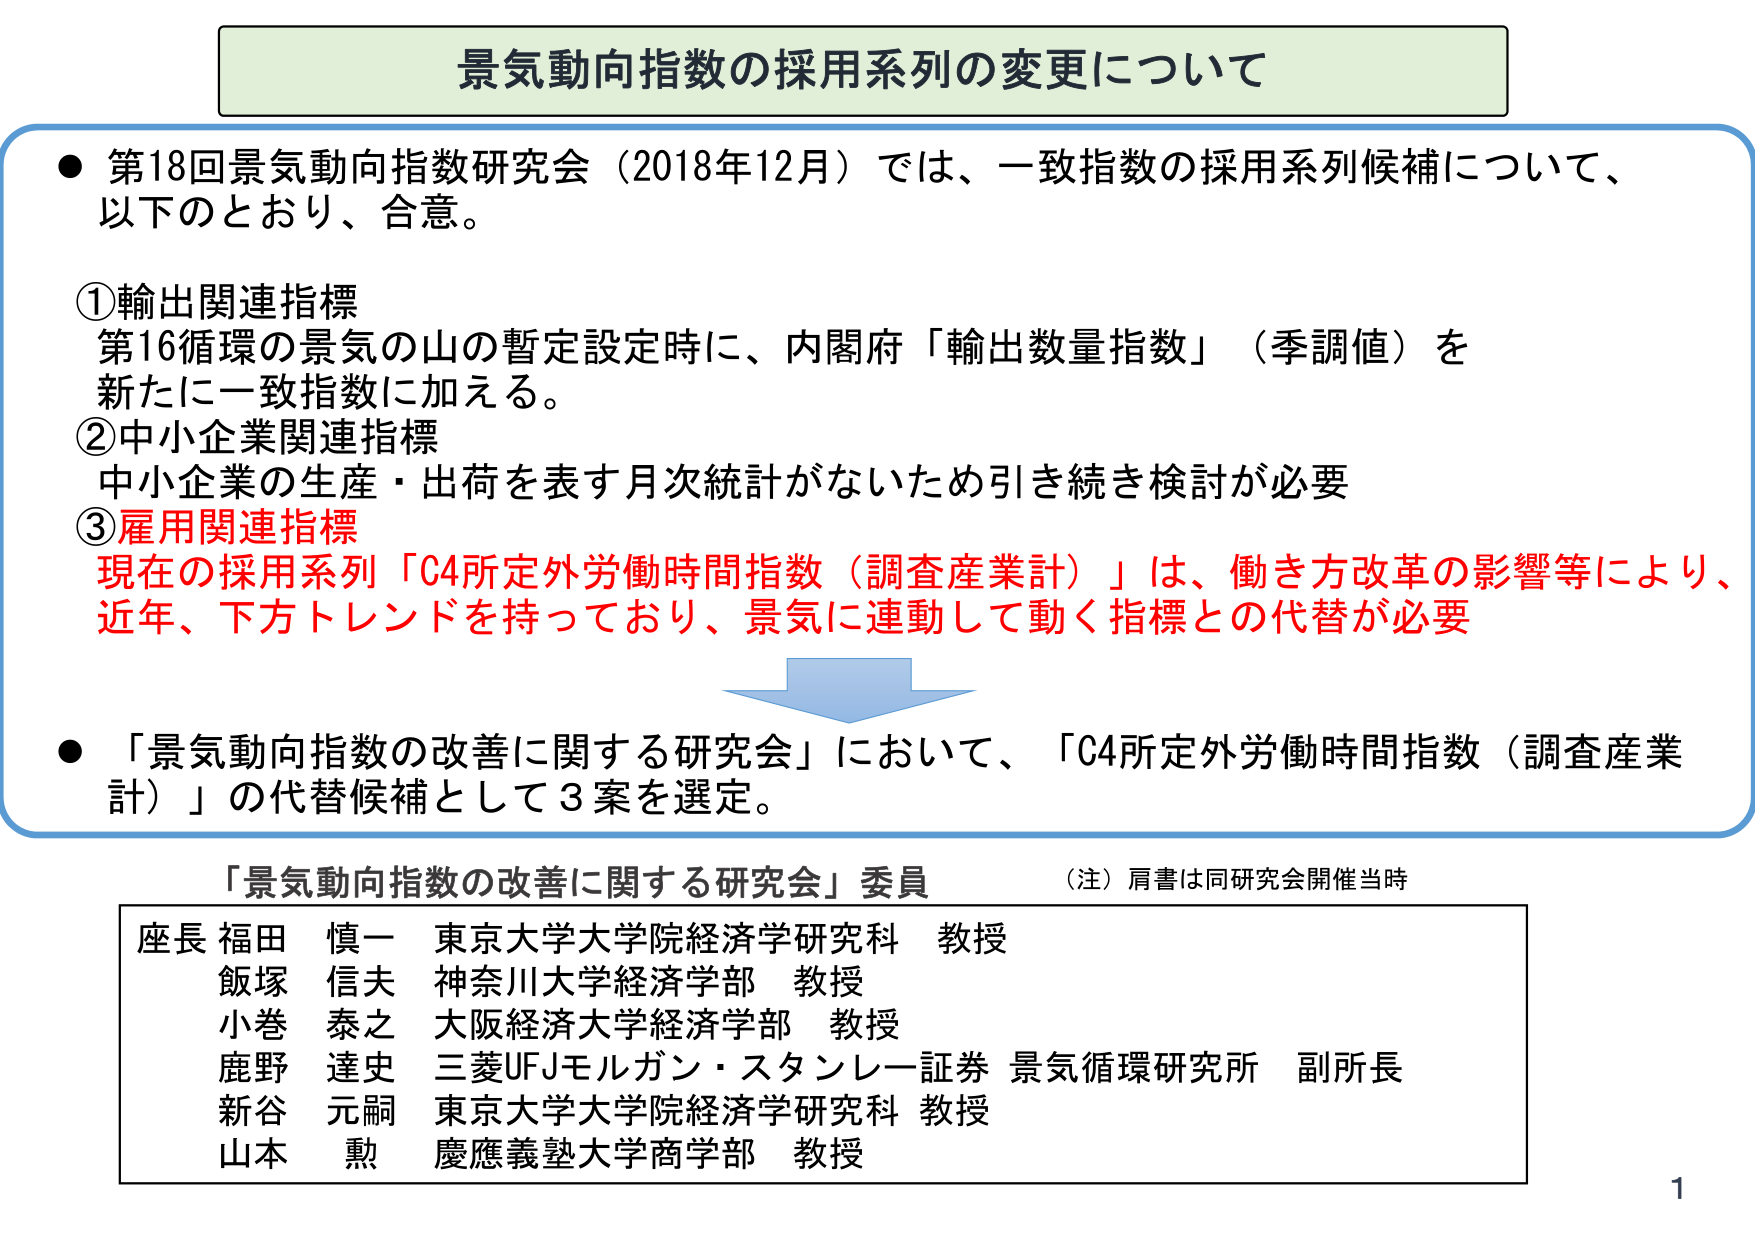
景気動向指数の採用系列の変更について

● 第18回景気動向指数研究会（2018年12月）では、一致指数の採用系列候補について、以下のとおり、合意。

①輸出関連指標
第16循環の景気の山の暫定設定時に、内閣府「輸出数量指数」（季調値）を新たに一致指数に加える。

②中小企業関連指標
中小企業の生産・出荷を表す月次統計がないため引き続き検討が必要

③雇用関連指標
現在の採用系列「C4所定外労働時間指数（調査産業計）」は、働き方改革の影響等により、近年、下方トレンドを持っており、景気に連動して動く指標との代替が必要

● 「景気動向指数の改善に関する研究会」において、「C4所定外労働時間指数（調査産業計）」の代替候補として3案を選定。

「景気動向指数の改善に関する研究会」委員
（注）肩書は同研究会開催当時

座長 福田 慎一 東京大学大学院経済学研究科 教授
飯塚 信夫 神奈川大学経済学部 教授
小巻 泰之 大阪経済大学経済学部 教授
鹿野 達史 三菱UFJモルガン・スタンレー証券 景気循環研究所 副所長
新谷 元嗣 東京大学大学院経済学研究科 教授
山本 勲 慶應義塾大学商学部 教授

1